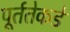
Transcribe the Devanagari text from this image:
पूर्ततेकडे